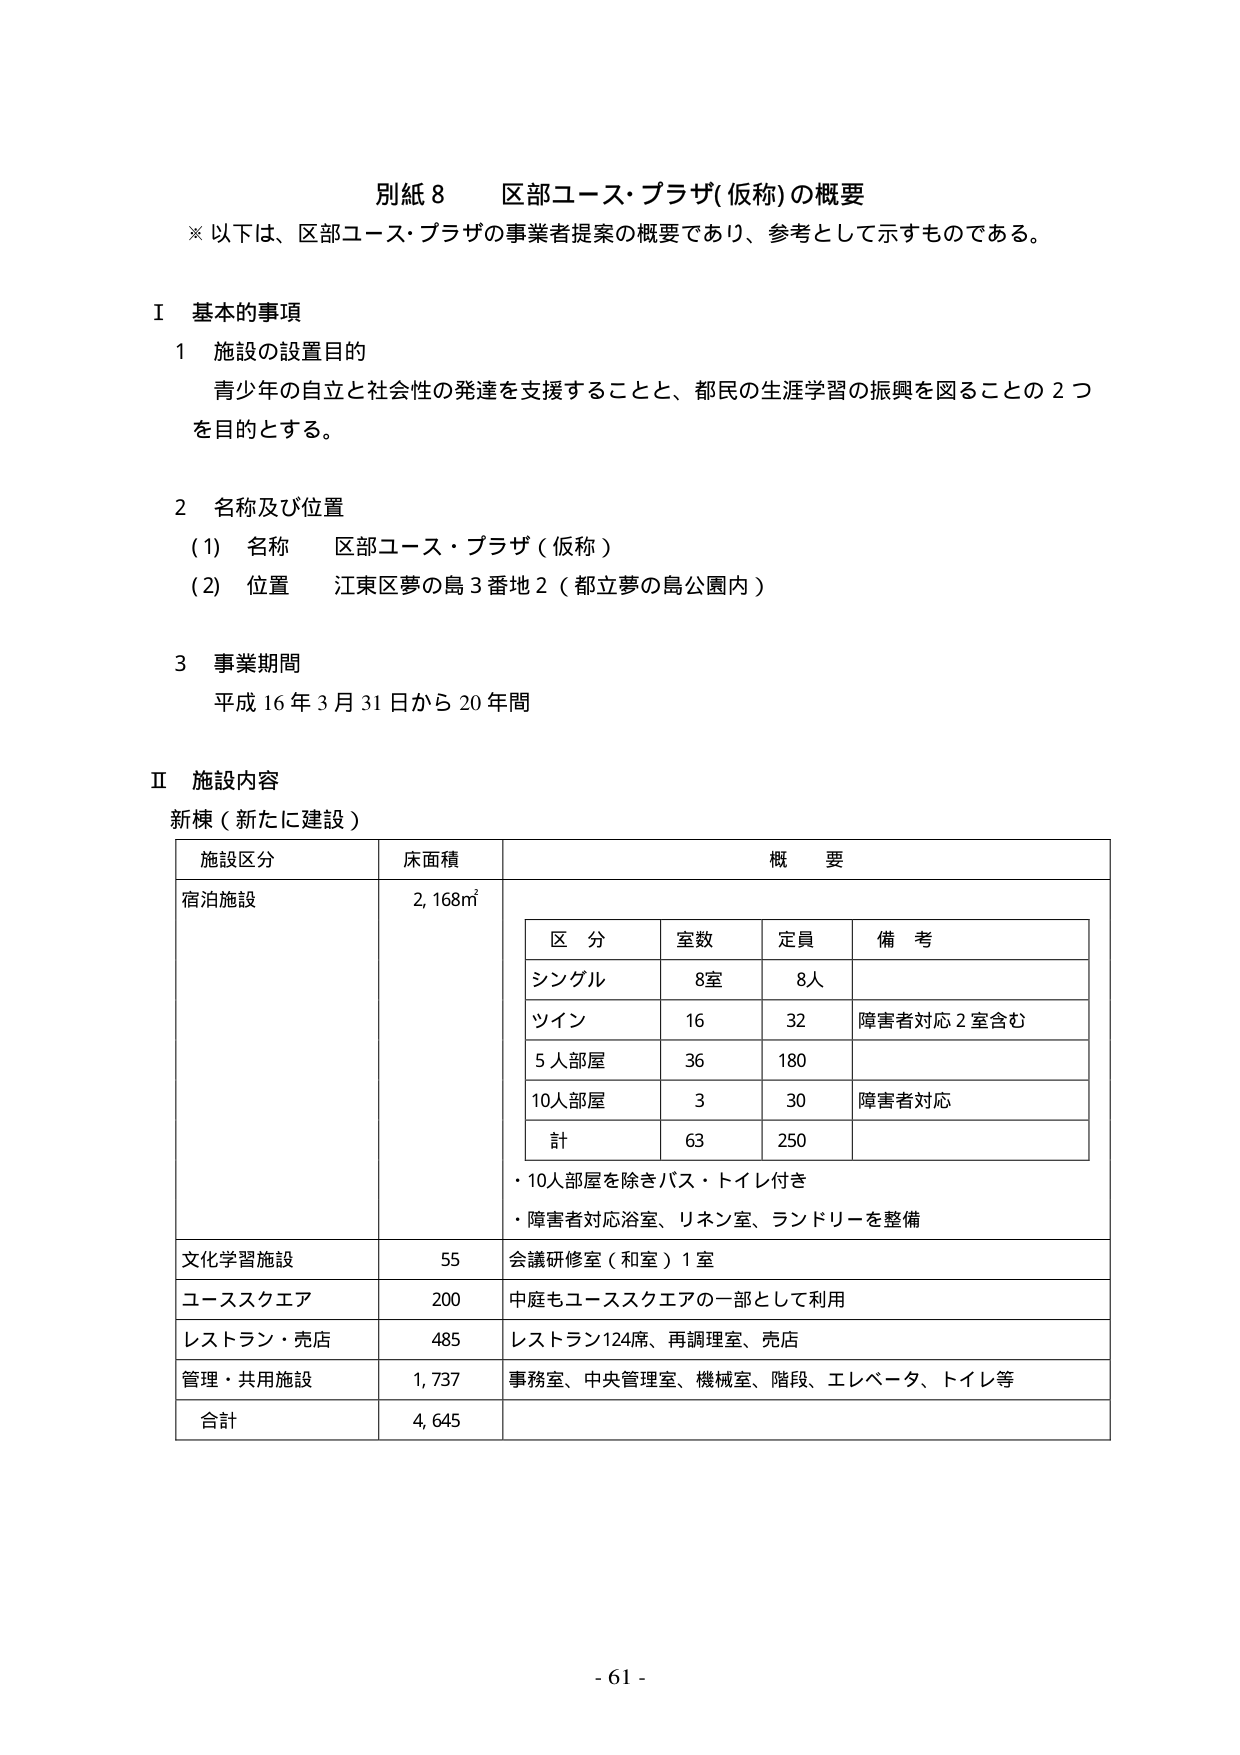
別紙８　区部ユース・プラザ（仮称）の概要
※ 以下は、区部ユース・プラザの事業者提案の概要であり、参考として示すものである。

Ⅰ 基本的事項
１ 施設の設置目的
　青少年の自立と社会性の発達を支援することと、都民の生涯学習の振興を図ることの２つを目的とする。

２ 名称及び位置
　(1) 名称　区部ユース・プラザ（仮称）
　(2) 位置　江東区夢の島３番地２（都立夢の島公園内）

３ 事業期間
　平成16年3月31日から20年間

Ⅱ 施設内容
新棟（新たに建設）

| 施設区分 | 床面積 | 概要 |
|----------|--------|------|
| 宿泊施設 | 2,168㎡ |
|          |        | 区分　室数　定員　備考 |
|          |        | シングル　8室　8人　　|
|          |        | ツイン　　16　　32　　障害者対応2室含む |
|          |        | 5人部屋　36　　180　　|
|          |        | 10人部屋　3　　30　　障害者対応 |
|          |        | 計　　　63　　250　　|
|          |        | ・10人部屋を除きバス・トイレ付き |
|          |        | ・障害者対応浴室、リネン室、ランドリーを整備 |
| 文化学習施設 | 55 | 会議研修室（和室）1室 |
| ユーススクエア | 200 | 中庭もユーススクエアの一部として利用 |
| レストラン・売店 | 485 | レストラン124席、再調理室、売店 |
| 管理・共用施設 | 1,737 | 事務室、中央管理室、機械室、階段、エレベータ、トイレ等 |
| 合計 | 4,645 | |

- 61 -